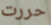
حررت